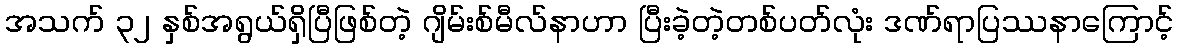
အသက် ၃၂ နှစ်အရွယ်ရှိပြီဖြစ်တဲ့ ဂျိမ်းစ်မီလ်နာဟာ ပြီးခဲ့တဲ့တစ်ပတ်လုံး ဒဏ်ရာပြဿနာကြောင့်